Annual report of the Punjab Veterinary College and of the Civil Veterinary Department, Punjab - 1926-1932
Year: 1926
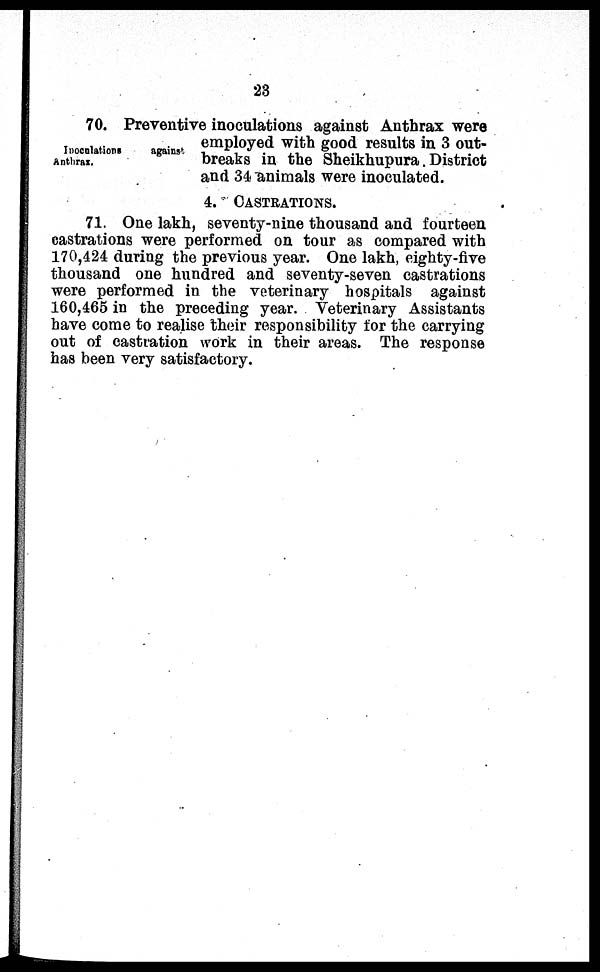
23
Inoculations
against
Anthrax.
70. Preventive inoculations against Anthrax were
employed with good results in 3 out-
breaks in the Sheikhupura. District
and 34 animals were inoculated.
4. CASTRATIONS.
71. One lakh, seventy-nine thousand and fourteen
castrations were performed on tour as compared with
170,424 during the previous year. One lakh, eighty-five
thousand one hundred and seventy-seven castrations
were performed in the veterinary hospitals against
160,465 in the preceding year. Veterinary Assistants
have come to realise their responsibility for the carrying
out of castration work in their areas. The response
has been very satisfactory.